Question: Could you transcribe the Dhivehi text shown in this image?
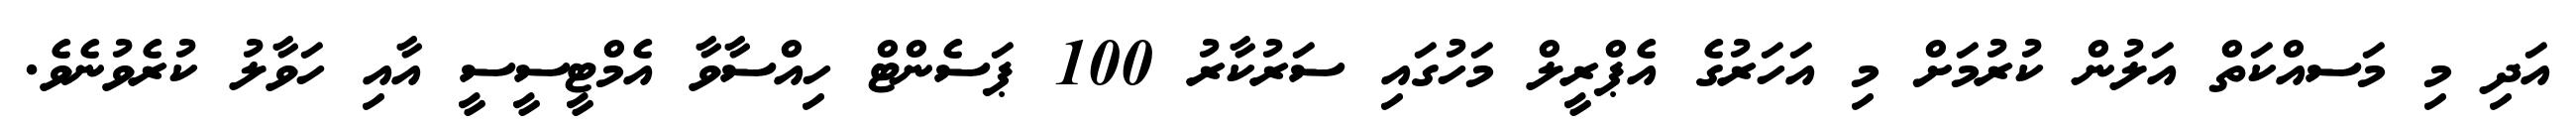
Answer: އަދި މި މަސއްކަތް އަލުން ކުރުމަށް މި އަހަރުގެ އެޕްރީލް މަހުގައި ސަރުކާރު 100 ޕަސެންޓް ހިއްސާވާ އެމްޓީސީސީ އާއި ހަވާލު ކުރެވުނެވެ.